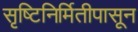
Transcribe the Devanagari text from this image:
सृष्टिनिर्मितीपासून